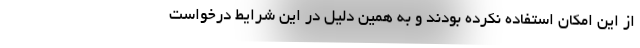
از این امکان استفاده نکرده بودند و به همین دلیل در این شرایط درخواست